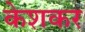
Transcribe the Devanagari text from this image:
केशकर